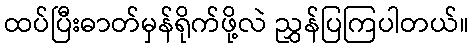
ထပ်ပြီးဓာတ်မှန်ရိုက်ဖို့လဲ ညွှန်ပြကြပါတယ်။